Vaccination United Provinces of Agra and Oudh 1902-1913 - 1902-1913
Year: 1902
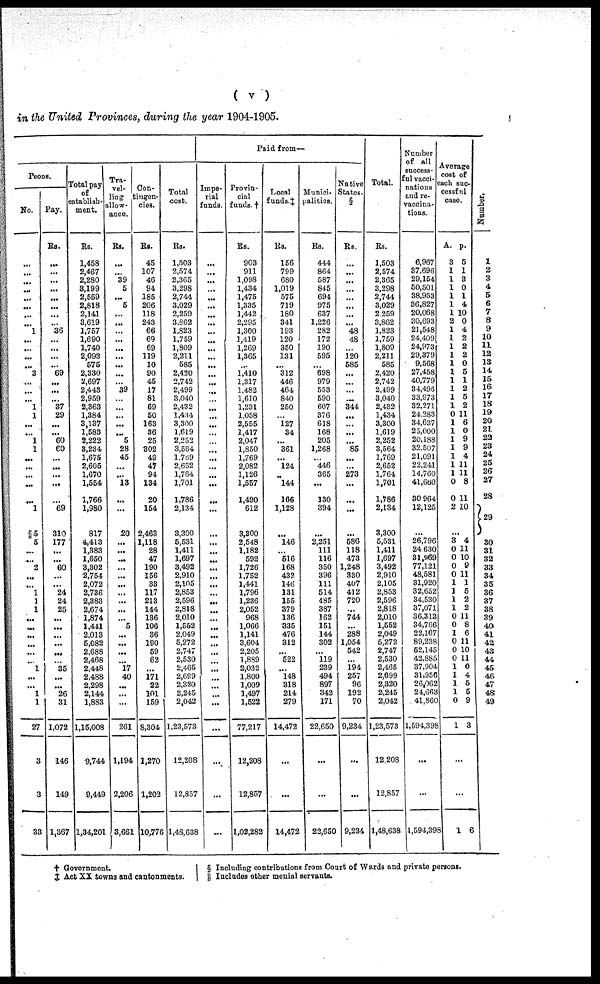
( v )
in the United Provinces, during the year 1904-1905.
Peons.
No.
...
...
...
...
...
...
...
...
1
...
...
...
...
3
...
...
...
1
1
...
....
1
1
...
...
...
...
...
1
5
5
...
...
2
...
...
1
1
1
...
0..
...
...
...
...
1
...
...
1
1
27
3
3
33
Pay.
Rs.
...
...
...
...
...
...
...
...
36
...
...
...
...
69
...
...
...
37
29
...
...
60
60
...
...
...
...
...
69
310
177
...
...
60
...
...
24
24
25
...
...
...
...
...
...
35
...
...
26
31
1,072
146
149
1,367
Total pay
of
establish-
ment.
Rs.
1,458
2,467
2,280
3,199
2,559
2,818
2,141
3,619
1,757
1,690
1,740
2,092
575
2,330
2,697
2,443
2,959
2,363
1,384
3,137
1,583
2,222
3,234
1,675
2,605
1,670
1,554
1,766
1,980
817
4,413
1,383
1,650
3,302
2,754
2,072
2,736
2,383
2,674
1,874
1,441
2,013
5,082
2,688
2,468
2,448
2,488
2,298
2,144
1,883
1,15,008
9,744
9,449
1,34,201
Tra-
vel-
ling
allow-
ance.
Rs.
...
...
39
5
...
5
...
...
...
...
...
...
...
...
...
39
...
...
...
...
...
5
28
45
...
...
13
...
...
20
...
...
...
...
...
...
...
...
...
...
5
...
...
...
...
17
40
...
...
...
261
1,194
2,206
3,661
Con-
tingen-
cies.
Rs.
45
107
46
94
185
206
118
243
66
69
69
119
10
90
45
17
81
69
50
163
36
25
302
49
47
94
134
20
154
2,463
1,118
28
47
190
156
33
117
213
144
136
106
36
190
59
62
...
171
22
101
159
8,304
1,270
1,203
10,776
Total
cost.
Rs.
1,503
2,574
2,365
3,298
2,744
3,029
2,259
3,862
1,823
1,759
1,809
2,211
585
2,420
2,742
2,499
3,040
2,432
1,434
3,300
1,619
2,252
3,564
1,769
2,652
1,764
1,701
1,786
2,134
3,300
5,531
1,411
1,697
3,492
2,910
2,105
2,853
2,596
2,818
2,010
1,552
2,049
5,272
2,747
2,530
2,465
2,689
2,320
2,245
2,042
1,23,573
12,208
12,857
1,48,638
Paid from—
Impe-
rial
funds.
...
...
...
...
...
...
...
...
...
...
...
...
...
...
...
...
...
...
...
...
...
...
...
...
...
...
...
...
...
...
...
...
...
...
...
...
...
...
...
...
...
...
...
...
...
...
...
...
...
...
...
...
...
...
Provin-
cial
funds. †
Rs.
903
911
1,098
1,434
1,475
1,335
1,442
2,295
1,300
1,419
1,269
1,365
...
1,410
1,317
1,482
1,610
1,231
1,058
2,555
1,417
2,047
1,850
1,769
2,082
1,126
1,557
1,490
612
3,300
2,548
1,182
592
1,726
1,752
1,441
1,796
1,236
2,052
968
1,066
1,141
3,604
2,205
1,889
2,032
1,800
1,009
1,497
1,522
77,217
12,208
12,857
1,02,282
Local
funds.‡
Rs.
156
799
680
1,019
575
719
180
341
193
120
350
131
...
312
446
464
840
250
...
127
34
...
361
...
124
...
144
166
1,128
...
146
...
516
168
432
146
131
155
379
136
335
476
312
...
522
...
148
318
214
279
14,472
...
...
14,472
Munici-
palities.
Rs.
444
864
587
845
694
975
637
1,226
282
172
190
595
...
698
979
553
590
607
376
618
168
205
1,268
...
446
365
...
130
394
...
2,251
111
116
350
396
111
514
485
387
162
151
144
302
...
119
239
494
897
342
171
22,650
...
...
22,650
Native
States.
§
Rs.
...
...
...
...
...
...
...
...
48
48
...
120
585
...
...
...
...
344
...
...
...
...
85
...
...
273
...
...
...
...
586
118
473
1,248
330
407
412
720
...
744
...
288
1,054
542
...
194
257
96
192
70
9,234
...
...
9,234
Total.
Rs.
1,503
2,574
2,365
3,298
2,744
3,029
2,259
3,862
1,823
1,759
1,809
2,211
585
2,420
2,742
2,499
3,040
2,432
1,434
3,300
1,619
2,252
3,564
1,769
2,652
1,764
1,701
1,786
2,134
3,300
5,531
1,411
1,697
3,492
2,910
2,105
2,853
2,596
2,818
2,010
1,552
2,049
5,272
2,747
2,530
2,465
2,699
2,320
2,245
2,042
1,23,573
12,208
12,857
1,48,638
Number
of all
success-
ful vacci-
nations
and re¬
vaccina-
tions.
6,967
37,696
29,154
50,501
38,953
36,827
20,068
30,693
21,548
24,409
24,973
29,379
9,568
27,458
40,779
34,496
33,973
32,271
24,283
34,637
25,000
20,188
32,507
21,091
22,241
14,760
41,660
30,964
12,125
...
26,796
24,630
31,969
77,121
48,581
31,920
32,652
34,530
37,071
36,313
34,766
22,167
89,238
52,145
42,885
37,904
31,956
26,062
24,663
41,860
1,594,398
...
...
1,594,398
Average
cost of
each suc-
cessful
case.
A.
3
1
1
1
1
1
1
2
1
1
1
1
1
1
1
1
1
1
0
1
1
1
1
1
1
1
0
0
2
p.
5
1
3
0
1
4
10
0
4
2
2
2
0
5
1
2
5
2
11
6
0
9
9
4
11 11
8
11
10
...
8
0
0
0
0
1
1
1
1
0
0
1
0
0
0
1
1
1
1
0
1
4
11
10
9
11
1
5
2
2
11
8
6
11
10
11
0
4
5
5
9
3
...
...
1 6
Number.
1
2
3
4
5
6
7
8
9
10
11
12
13
14
15
16
17
18
19
20
21
22
23
24
25
26
27
28
29
30
31
32
33
34
35
36
37
38
39
40
41
42
43
44
45
46
47
48
49
† Government.
‡ Act XX towns and cantonments.
§ Including contributions from Court of Wards and private persons.
|| Includes other menial servants.